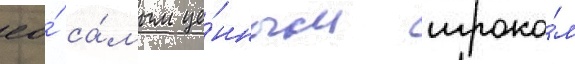
ео́ са́мым це́нным игроко́м